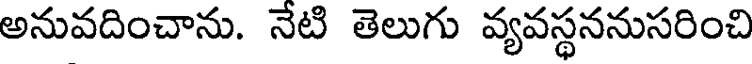
అనువదించాను. నేటి తెలుగు వ్యవస్థననుసరించి